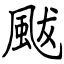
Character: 颰